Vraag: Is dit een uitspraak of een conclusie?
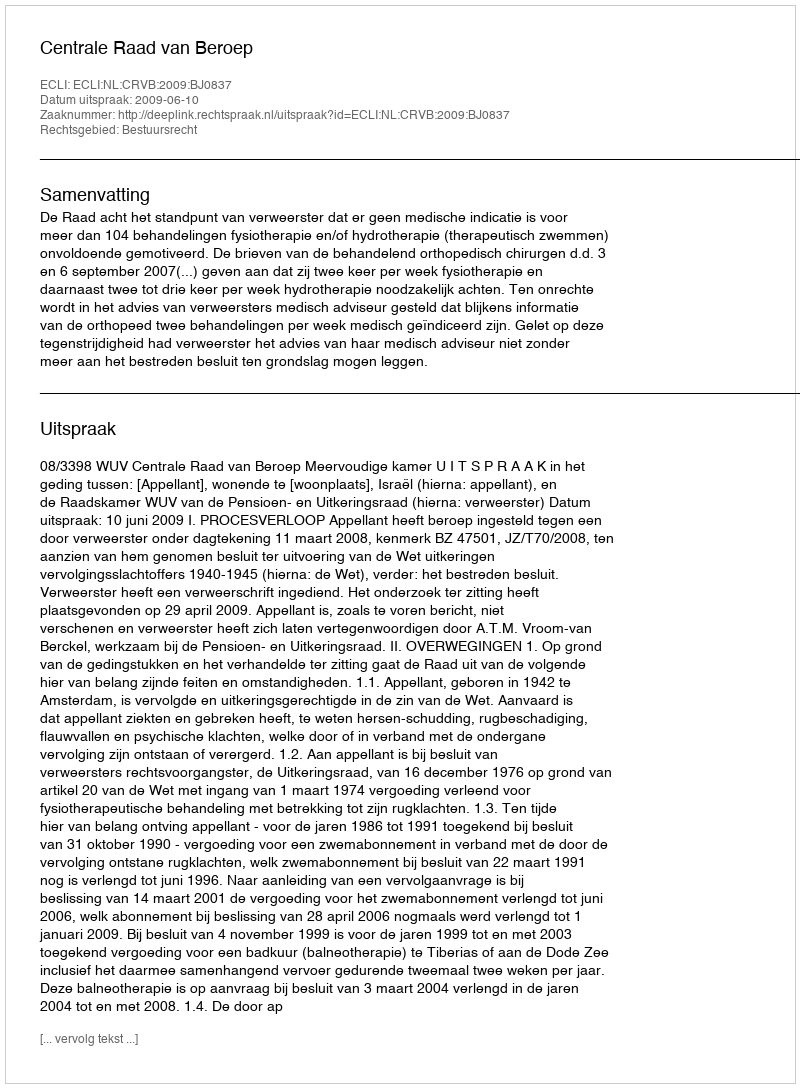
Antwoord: Uitspraak